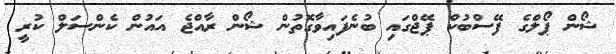
ޝޯން ޕޯލްގެ ފޭސްބުކް ޕޭޖްގައި ބުނެފައިވާގޮތުން ޝޯން ރާއްޖެ އައުން ކެންސަލް ކުރީ